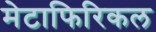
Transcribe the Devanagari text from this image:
मेटाफिरिकल